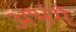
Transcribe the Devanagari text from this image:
अभंगे